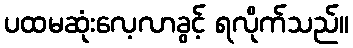
ပထမဆုံးလေ့လာခွင့် ရလိုက်သည်။